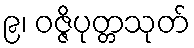
၉၊ ဝဇ္ဇိပုတ္တသုတ်